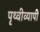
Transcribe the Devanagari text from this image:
पृथ्वीव्यापी